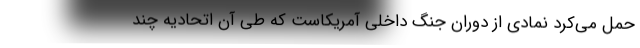
حمل می‌کرد نمادی از دوران جنگ داخلی آمریکاست که طی آن اتحادیه چند